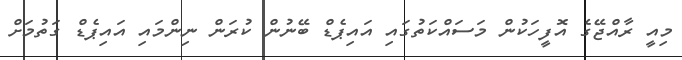
މިއީ ރާއްޖޭގެ އޮފީހަކުން މަސައްކަތުގައި އައިޕެޑް ބޭނުން ކުރަން ނިންމައި އައިޕެޑް ގަތުމަށް